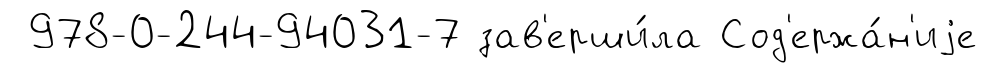
978-0-244-94031-7 зав'ерши́ла Сод'ержа́н'иjе